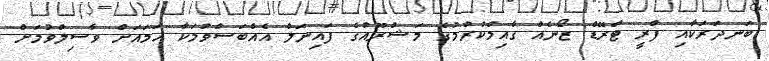
ބަނދަރަކާއި ފްރީ ޓްރޭޑް ޒޯނެއް ގާއިމްކުރުމުގެ މަޝްރޫއުގެ ފައިނަލް އެއްބަސްވުމަކާ ހަމައަށް ވާސިލްވުމަށް